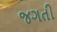
જગતી